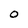
Character: 0